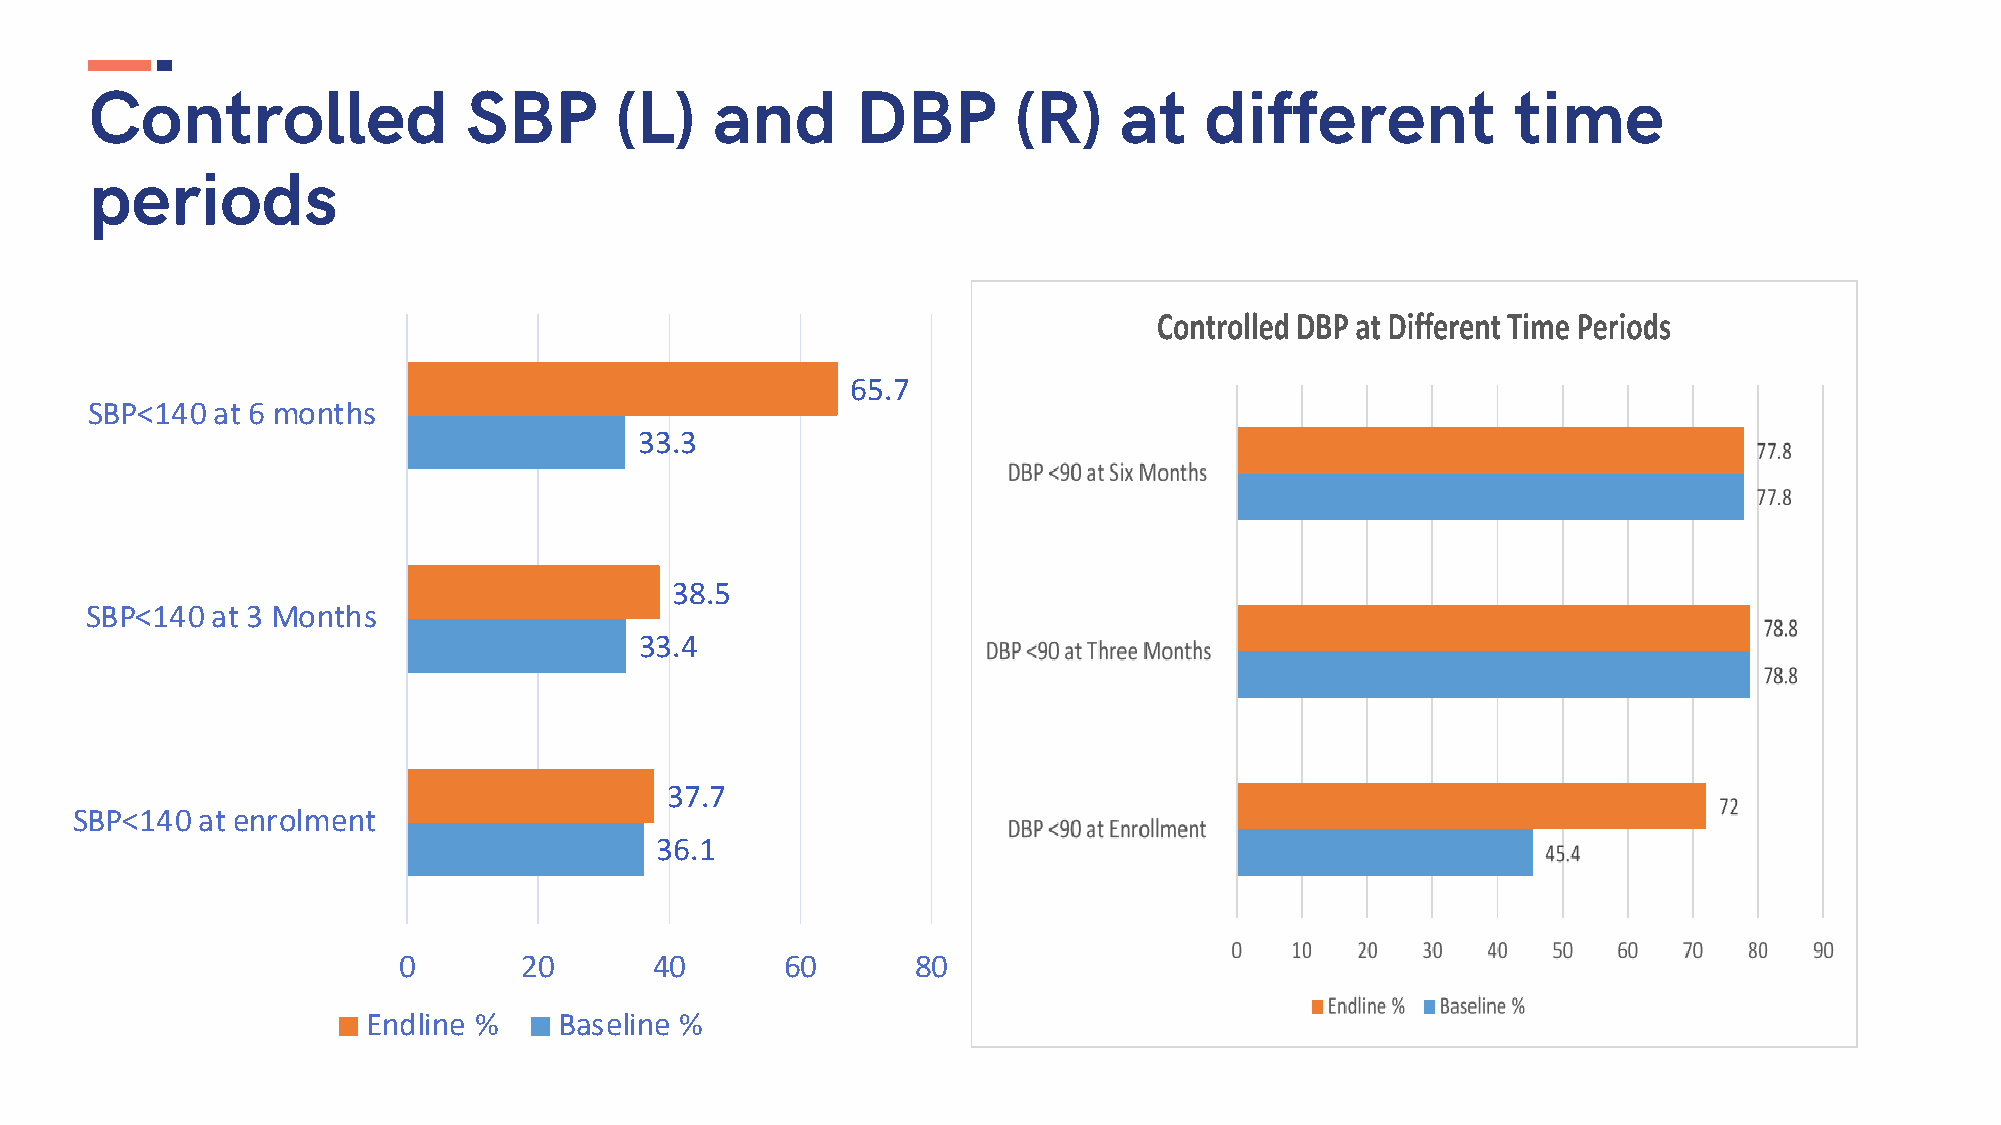
Controlled               SBP       (L)   and       DBP       (R)    at    different           time
 periods
 65.7
 SBP<140 at 6 months
 33.3
 38.5
 SBP<140 at 3 Months
 33.4
 37.7
 SBP<140 at enrolment
 36.1
 0        20      40       60       80
 Endline %    Baseline %